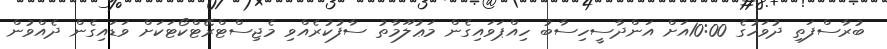
ބުރާސްފަތި ދުވަހުގެ 10:00އަށް އަންދާސީހިސާބު ހިއްޕަވައިގެން މަޢުލޫމާތު ސާފުކުރެއްވި މެޖިސްޓްރޭޓްކޯޓަކަށް ވަޑައިގެން ދެއްވުން